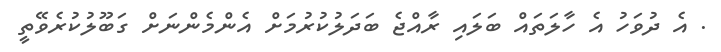
. އެ ދުވަހު އެ ހާލަތައް ބަލައި ރާއްޖެ ބަދަލުކުރުމަށް އެންމެންނަށް ގަބޫލުކުރެވޭތީ